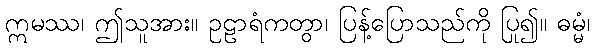
ဣမဿ၊ ဤသူအား။ ဥဠာရံကတွာ၊ ပြန့်ပြောသည်ကို ပြု၍။ ဓမ္မံ၊